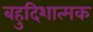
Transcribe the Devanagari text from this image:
बहुदिशात्मक